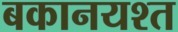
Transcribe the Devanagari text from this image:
बकानयश्त